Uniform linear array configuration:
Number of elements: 16
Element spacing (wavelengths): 0.75
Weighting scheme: blackman
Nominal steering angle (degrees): -30
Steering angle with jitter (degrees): -29.338
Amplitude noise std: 0.05
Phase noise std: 0.05

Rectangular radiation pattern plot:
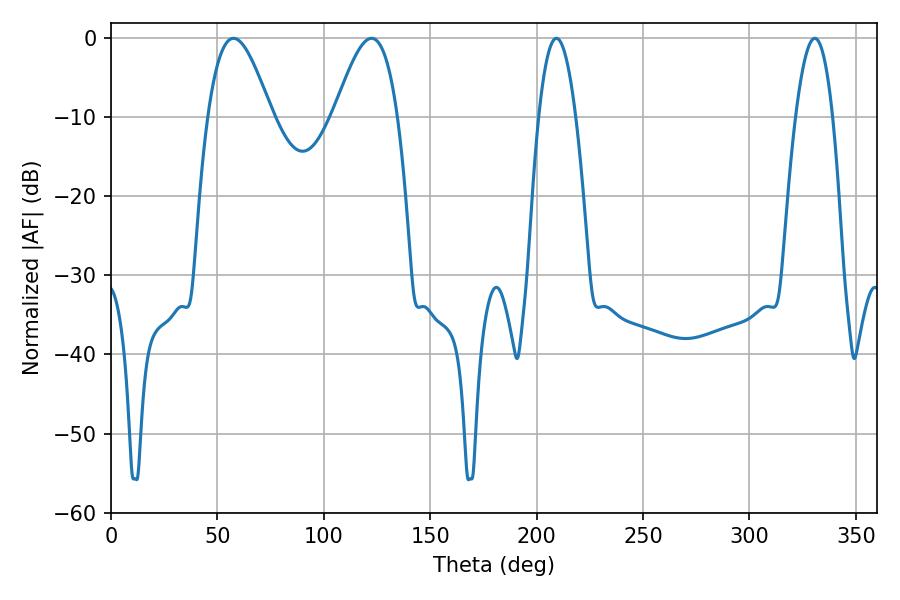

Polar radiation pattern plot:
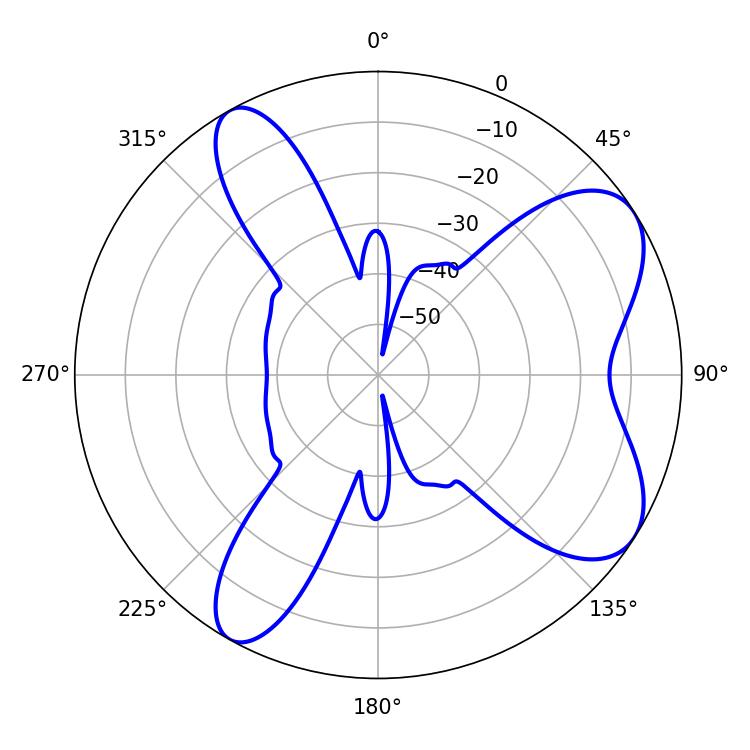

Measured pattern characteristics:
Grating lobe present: TRUE
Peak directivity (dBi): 7.384
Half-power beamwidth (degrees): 16.2
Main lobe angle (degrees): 122.4